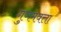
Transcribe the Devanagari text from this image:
गुणमवत्ता